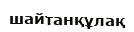
шайтанқұлақ